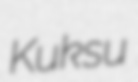
Kuksu